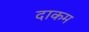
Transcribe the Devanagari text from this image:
दाकम